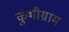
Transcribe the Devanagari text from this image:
कुंभीग्राम